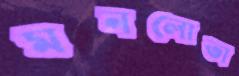
মনলোভা